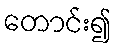
တောင်း၍